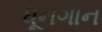
ધૂનગાન